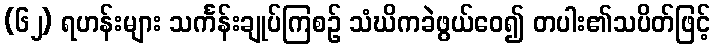
(၆၂) ရဟန်းများ သင်္ကန်းချုပ်ကြစဉ် သံဃိကခဲဖွယ်ဝေ၍ တပါး၏သပိတ်ဖြင့်